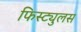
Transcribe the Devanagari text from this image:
फिस्ट्युलस